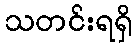
သတင်းရရှိ